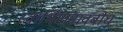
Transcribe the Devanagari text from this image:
स्वाभिमानावबोध